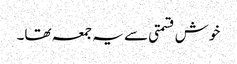
خوش قسمتی سے یہ جمعہ تھا۔